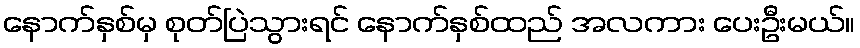
နောက်နှစ်မှ စုတ်ပြဲသွားရင် နောက်နှစ်ထည် အလကား ပေးဦးမယ်။